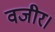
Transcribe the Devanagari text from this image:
वजीर।